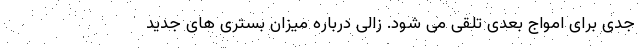
جدی برای امواج بعدی تلقی می شود. زالی درباره میزان بستری های جدید